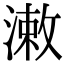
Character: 潄